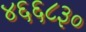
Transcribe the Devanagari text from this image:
४६६८३०